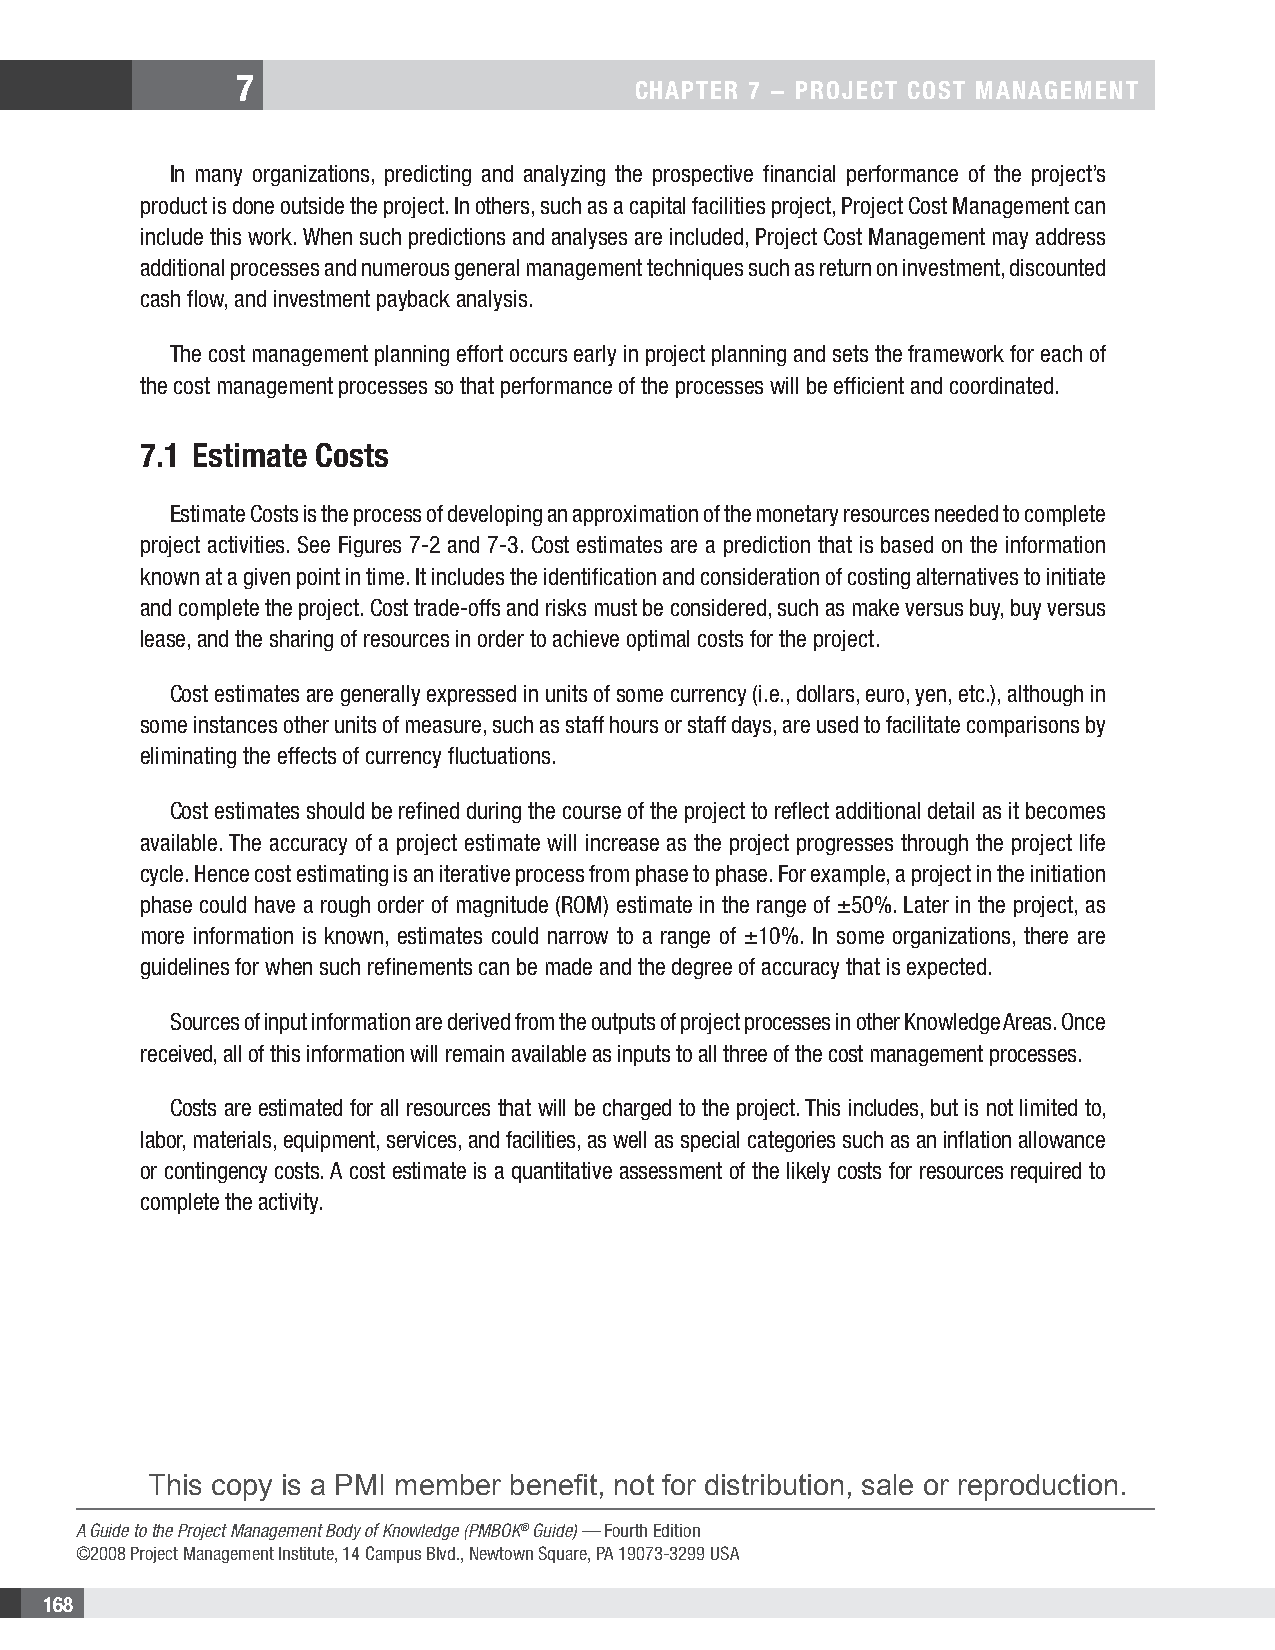
7
 CHAPTER 7 − PROjECT COsT MAnAgEMEnT
 In many organizations, predicting and analyzing the prospective financial performance of the project’s
 product is done outside the project. In others, such as a capital facilities project, Project Cost Management can
 include this work. When such predictions and analyses are included, Project Cost Management may address
 additional processes and numerous general management techniques such as return on investment, discounted
 cash flow, and investment payback analysis.
 The cost management planning effort occurs early in project planning and sets the framework for each of
 the cost management processes so that performance of the processes will be efficient and coordinated.
 7.1 Estimate Costs
 Estimate Costs is the process of developing an approximation of the monetary resources needed to complete
 project activities. See Figures 7-2 and 7-3. Cost estimates are a prediction that is based on the information
 known at a given point in time. It includes the identification and consideration of costing alternatives to initiate
 and complete the project. Cost trade-offs and risks must be considered, such as make versus buy, buy versus
 lease, and the sharing of resources in order to achieve optimal costs for the project.
 Cost estimates are generally expressed in units of some currency (i.e., dollars, euro, yen, etc.), although in
 some instances other units of measure, such as staff hours or staff days, are used to facilitate comparisons by
 eliminating the effects of currency fluctuations.
 Cost estimates should be refined during the course of the project to reflect additional detail as it becomes
 available. The accuracy of a project estimate will increase as the project progresses through the project life
 cycle. Hence cost estimating is an iterative process from phase to phase. For example, a project in the initiation
 phase could have a rough order of magnitude (ROM) estimate in the range of ±50%. Later in the project, as
 more information is known, estimates could narrow to a range of ±10%. In some organizations, there are
 guidelines for when such refinements can be made and the degree of accuracy that is expected.
 Sources of input information are derived from the outputs of project processes in other Knowledge Areas. Once
 received, all of this information will remain available as inputs to all three of the cost management processes.
 Costs are estimated for all resources that will be charged to the project. This includes, but is not limited to,
 labor, materials, equipment, services, and facilities, as well as special categories such as an inflation allowance
 or contingency costs. A cost estimate is a quantitative assessment of the likely costs for resources required to
 complete the activity.
 This copy is a PMI member benefit, not for distribution, sale or reproduction.
 A Guide to the Project Management Body of Knowledge (PMBOK® Guide) — Fourth Edition
 ©2008 Project Management Institute, 14 Campus Blvd., Newtown Square, PA 19073-3299 USA
 168